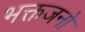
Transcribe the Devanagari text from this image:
भक्तजनो